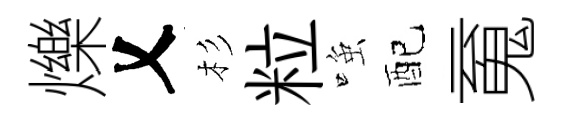
爍乂杉粒𫪻配䰟